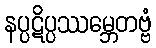
နပ္ပဋိပ္ပဿမ္ဘေတဗ္ဗံ